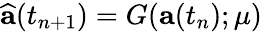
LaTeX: \widehat{\mathbf{a}}(t_{n+1})=G(\mathbf{a}(t_{n});\mu)